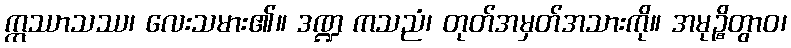
ဣဿာသဿ၊ လေးသမား၏။ ဒဏ္ဍ ကသညံ၊ တုတ်အမှတ်အသားကို။ အမုဉ္စိတွာဝ၊